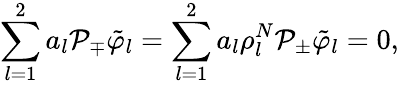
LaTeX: \sum_{l=1}^{2}a_{l}\mathcal{P}_{\mp}\tilde{\varphi}_{l}=\sum_{l=1}^{2}a_{l}\rho_{l}^{N}\mathcal{P}_{\pm}\tilde{\varphi}_{l}=0,